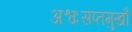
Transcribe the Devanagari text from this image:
अश्वःसप्तमुखौ